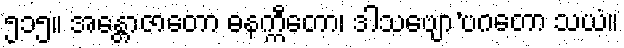
၅၁၅။ အန္တောဇာတော ဓနက္ကီတော၊ ဒါသဗျော’ပဂတော သယံ။